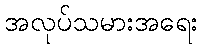
အလုပ်သမားအရေး